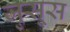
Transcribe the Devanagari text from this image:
जुसूस